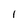
Character: I